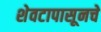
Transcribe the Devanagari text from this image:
शेवटापासूनचे